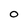
Character: O